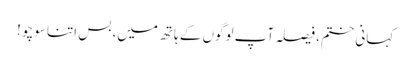
کہانی ختم، فیصلہ آپ لوگوں کے ہاتھ میں، بس اتنا سوچو !